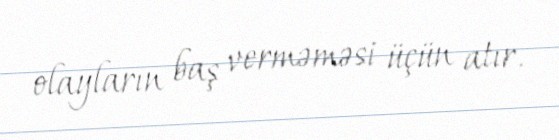
olayların baş verməməsi üçün atır.